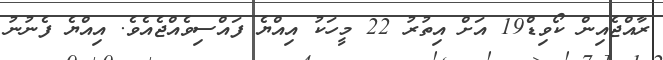
ރާއްޖެއިން ކޯވިޑް19 އަށް އިތުރު 22 މީހަކު އިއްޔެ ފައްސިވެއްޖެއެވެ. އިއްޔެ ފެނުނު